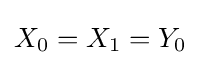
X_{0}=X_{1}=Y_{0}